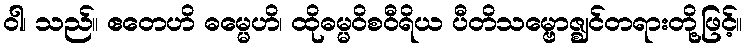
ဝါ၊ သည်။ ဧတေဟိ ဓမ္မေဟိ၊ ထိုဓမ္မဝိစဝီရိယ ပီတိသမ္ဗောဇ္ဈင်တရားတို့ဖြင့်။